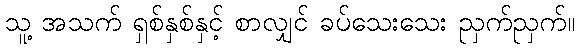
သူ့ အသက် ရှစ်နှစ်နှင့် စာလျှင် ခပ်သေးသေး ညှက်ညှက်။